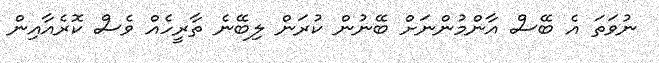
ނުވަތަ އެ ބޭސް އާންމުންނަށް ބޭނުން ކުރަން ލިބޭނެ ތާރީހެއް ވެސް ކޮރެއާއިން